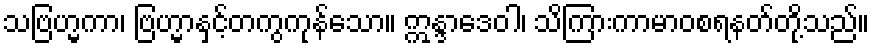
သဗြဟ္မကာ၊ ဗြဟ္မာနှင့်တကွကုန်သော။ ဣန္ဒာဒေဝါ၊ သိကြားကာမာဝစရနတ်တို့သည်။